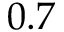
0 . 7